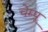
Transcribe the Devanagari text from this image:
चेम्पू